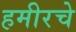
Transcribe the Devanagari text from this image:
हमीरचे